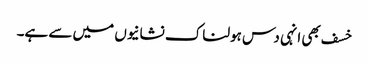
خسف بھی انہی دس ہولناک نشانیوں میں سے ہے۔